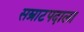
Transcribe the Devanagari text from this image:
सम्राटपदाला